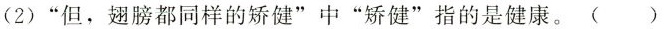
(2) ”但，翅膀都同样的矫健”中”矫健”指的是健康。 ()